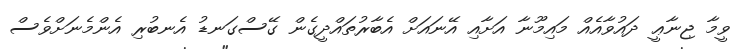
ވީމާ ޖިނާޢީ ދައުވާއެއް މައިމޫނާ އަށާއި އޭނައަށް އެބާރުތައްދީގެން ގޭސްގަނޑު އެނބުރި އެންމެނަށްވެސް